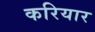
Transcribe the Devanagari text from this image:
करियार